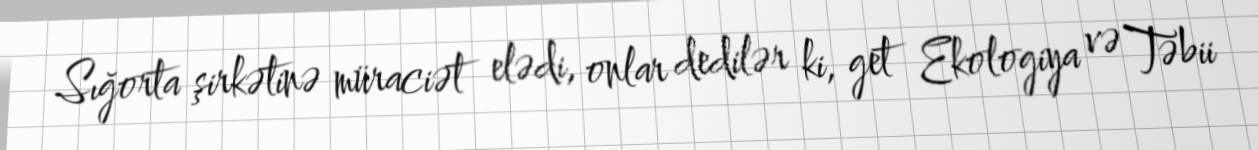
Sığorta şirkətinə müraciət elədi, onlar dedilər ki, get Ekologiya və Təbii